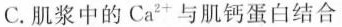
C. 肌浆中的Ca^{2+}与肌钙蛋白结合